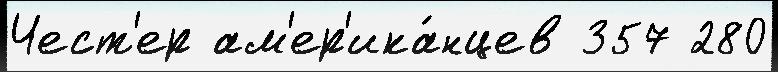
Чест'ер ам'ер'ика́нцев 357 280